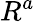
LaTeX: R^{a}